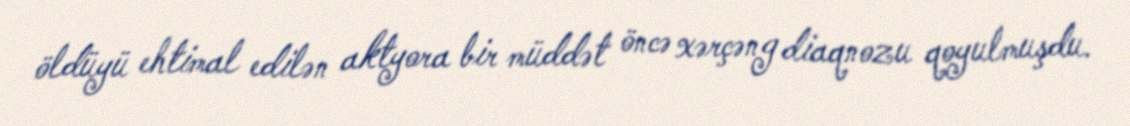
öldüyü ehtimal edilən aktyora bir müddət öncə xərçəng diaqnozu qoyulmuşdu.